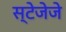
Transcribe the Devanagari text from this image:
स्टेजेजे